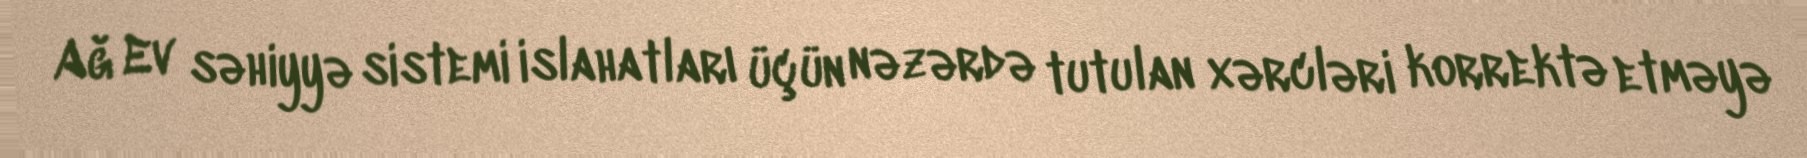
Ağ Ev səhiyyə sistemi islahatları üçün nəzərdə tutulan xərcləri korrektə etməyə